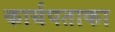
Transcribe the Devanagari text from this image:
कार्यपताका